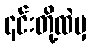
၎င်းတို့ထဲမှ